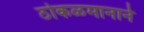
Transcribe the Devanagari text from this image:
ठोकळमानाने